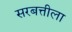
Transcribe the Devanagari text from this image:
सरबत्तीला